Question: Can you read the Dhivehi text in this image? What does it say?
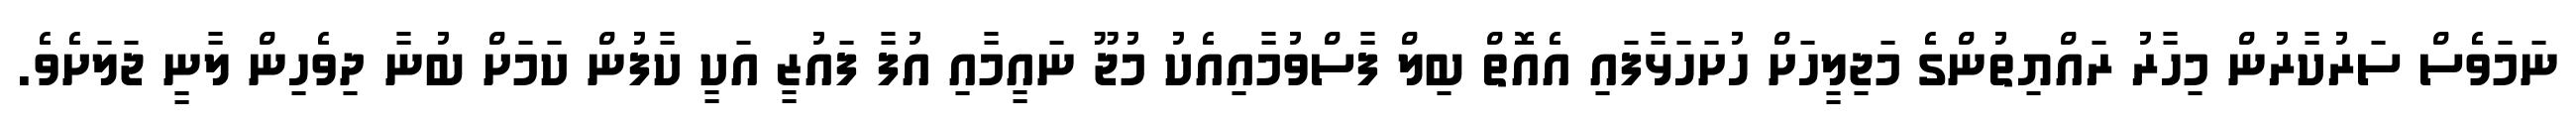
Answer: ނަމަވެސް ސަރުކާރުން މިހާރު ރައްޔިތުންގެ މަޖިލީހަށް ހުށަހަޅާފައި އެއޮތް ބިލް ފާސްވުމާއިއެކު މުޖޫ ނައީމާއި އުފާ ފައުޒީ އަކީ ކާފުން ކަމަށް ބުނާ ދިވެހިން ލާނީ ޖަލަށެވެ.